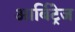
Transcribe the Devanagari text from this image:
आर्बिट्रेज